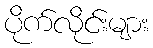
ပိုက်လိုင်းများ